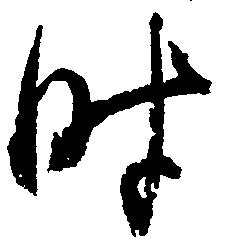
時